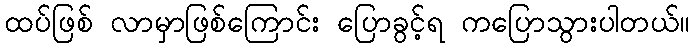
ထပ်ဖြစ် လာမှာဖြစ်ကြောင်း ပြောခွင့်ရ ကပြောသွားပါတယ်။